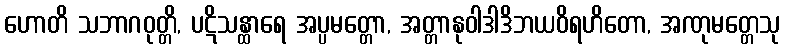
ဟောတိ သဘာဂဝုတ္တိ, ပဋိသန္ထာရေ အပ္ပမတ္တော, အတ္တာနုဝါဒါဒိဘယဝိရဟိတော, အဏုမတ္တေသု